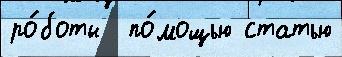
ро́боты  по́мощью статью